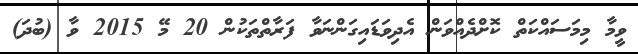
ވީމާ މިމަސައްކަތް ކޮށްދެއްވަން އެދިވަޑައިގަންނަވާ ފަރާތްތަކުން 20 މޭ 2015 ވާ (ބުދަ)